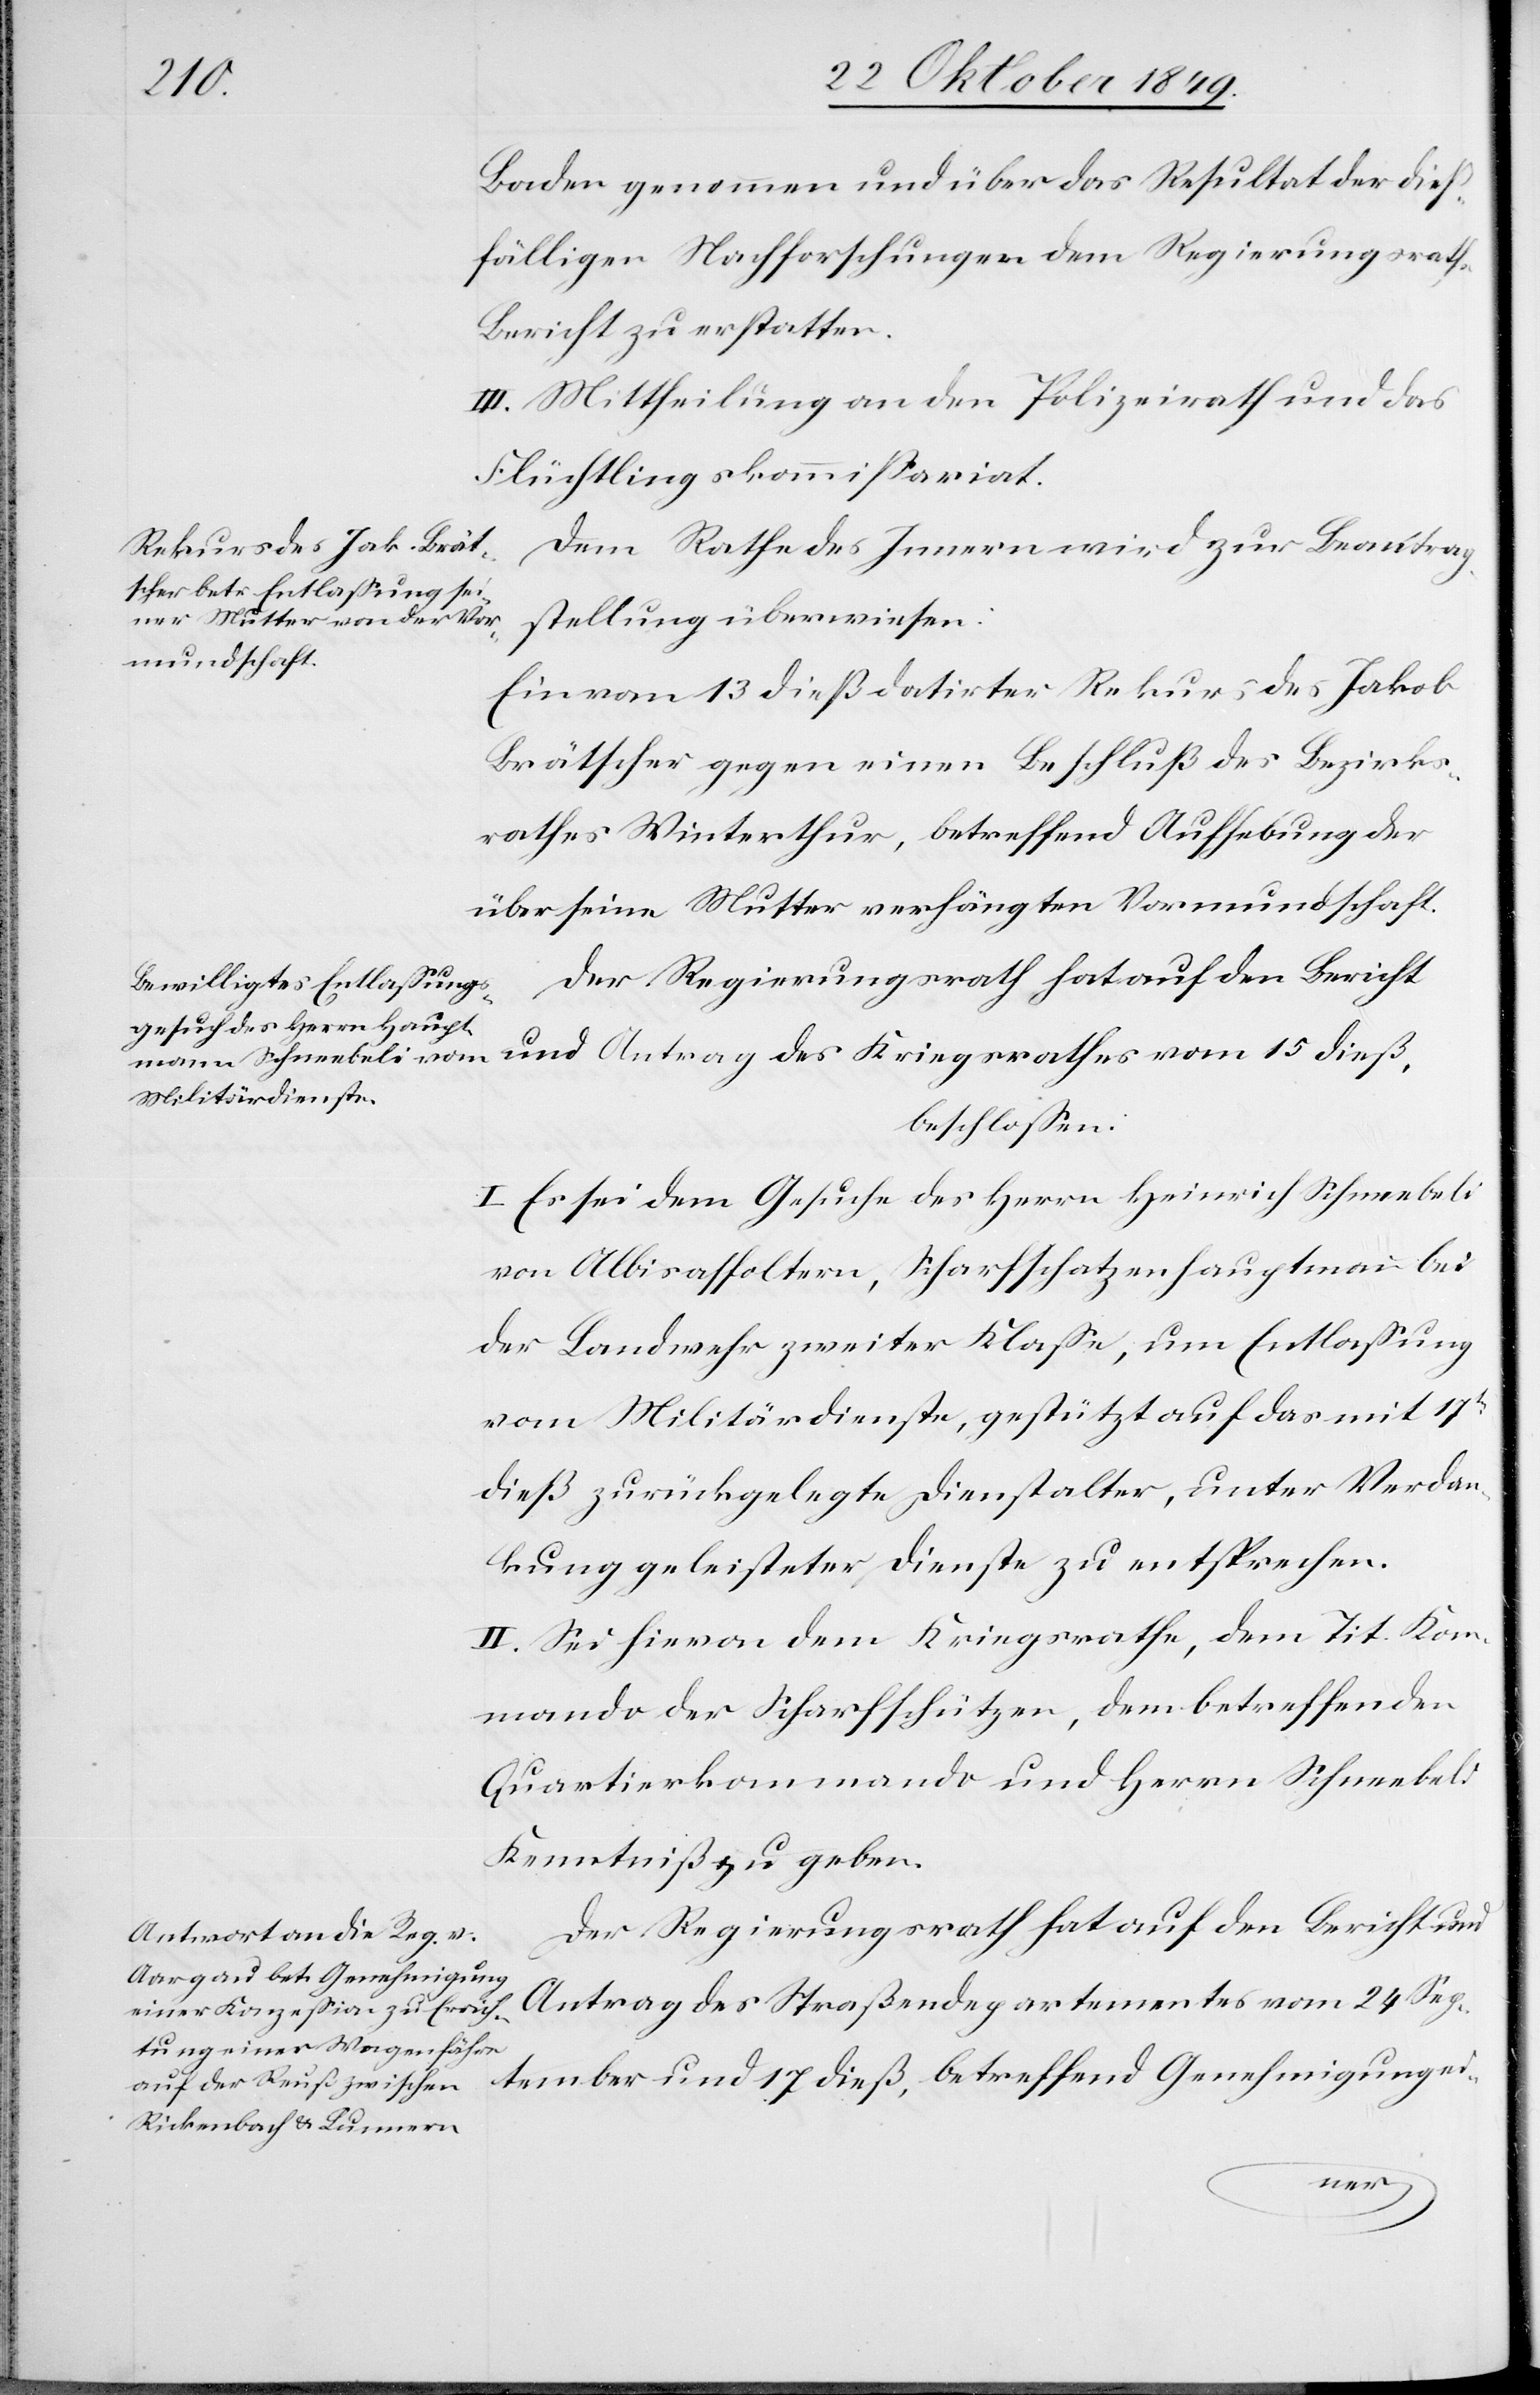
Baden genommen und über das Resultat der dieß¬
fälligen Nachforschungen dem Regierungsrathe
Bericht zu erstatten.
III. Mittheilung an den Polizeirath und das
Flüchtlingskommißariat.
Dem Rathe des Innern wird zur Beauftrag¬
stellung überwiesen:
Ein vom 13 dieß datirter Rekurs des Jakob
Brätscher gegen einen Beschluß des Bezirks¬
rathes Winterthur, betreffend Aufhebung der
über seine Mutter verhängten Vormundschaft.
Der Regierungsrath hat auf den Bericht
und Antrag des Kriegsrathes vom 15 dieß,
beschloßen:
I. Es sei dem Gesuche des Herrn Heinrich Schneebeli
von Albisaffoltern, Scharfschatzenhauptmann
der Landwehr zweiter Klaße, um Entlaßung
vom Militärdienste, gestützt auf das mit 17ten
dieß zurückgelegte Dienstalter, unter Verdan¬
kung geleisteter Dienste zu entsprechen.
II. Sei hievon dem Kriegsrathe, dem Tit. Kom¬
mando der Scharfschützen, dem betreffenden
Quartierkommando und Herrn Schneebeli
Kenntniß zu geben.
Der Regierungsrath hat auf den Bericht und
Antrag des Straßendepartementes vom 24 Sep¬
tember und 17 dieß, betreffend Genehmigung ei-